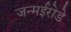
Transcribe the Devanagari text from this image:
जन्मईरोडे